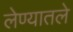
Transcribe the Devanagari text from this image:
लेण्यातले